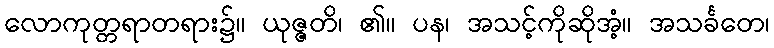
လောကုတ္တရာတရား၌။ ယုဇ္ဇတိ၊ ၏။ ပန၊ အသင့်ကိုဆိုအံ့။ အသင်္ခတေ၊